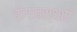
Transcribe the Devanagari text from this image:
रोगावस्थाएँ